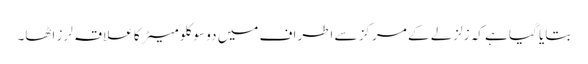
بتایا گیا ہے کہ زلزلے کے مرکز سے اطراف میں دو سو کلو میٹر کا علاقہ لرز اٹھا۔